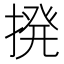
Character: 𫝼